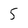
Character: 5